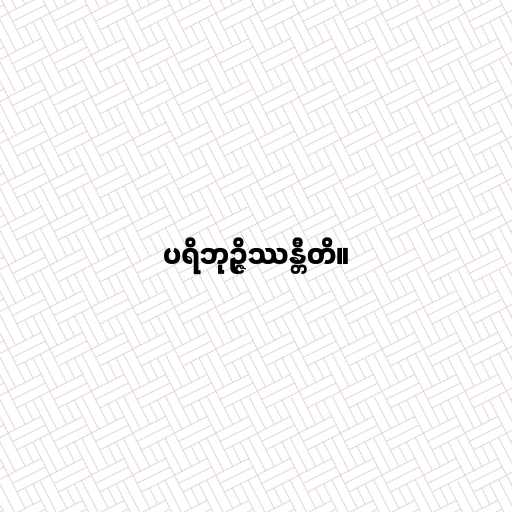
ပရိဘုဉ္ဇိဿန္တီတိ။